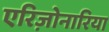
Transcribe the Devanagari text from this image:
एरिज़ोनारिया